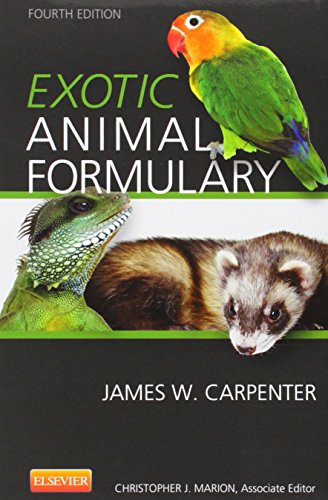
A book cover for Exotic Animal Formulary, 4e; James W. Carpenter; Medical Books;